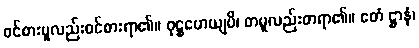
ဝင်စားမူလည်းဝင်စားရာ၏။ ဝုဋ္ဌဟေယျပိ၊ တမူလည်းတရာ၏။ ဧတံ ဋ္ဌာနံ၊